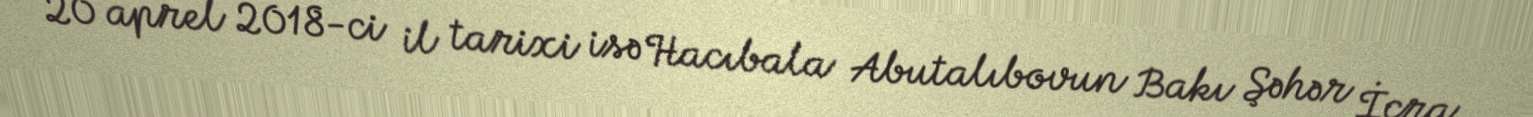
20 aprel 2018-ci il tarixi isə Hacıbala Abutalıbovun Bakı Şəhər İcra